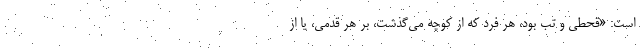
است: «قحطی و تب بود، هر فرد که از کوچه می‌گذشت، بر هر قدمی، یا از